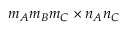
m _ { A } m _ { B } m _ { C } \times n _ { A } n _ { C }